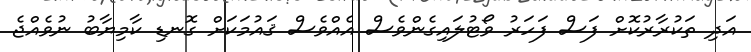
އަދި ތަކުރާރުކޮށް ފަސް ފަހަރު ވޯޓުލައިގެންވެސް އެއްވެސް ޤައުމަކަށް ގޮނޑި ކާމިޔާބު ނުވެއްޖެ